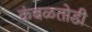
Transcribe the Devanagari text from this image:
कंबळतोडी